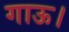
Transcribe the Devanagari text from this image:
गाऊ।